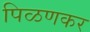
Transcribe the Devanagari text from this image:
पिळणकर